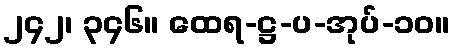
၂၄၂၊ ၃၄၆။ ထေရ-ဋ္ဌ-ပ-အုပ်-၁၀။